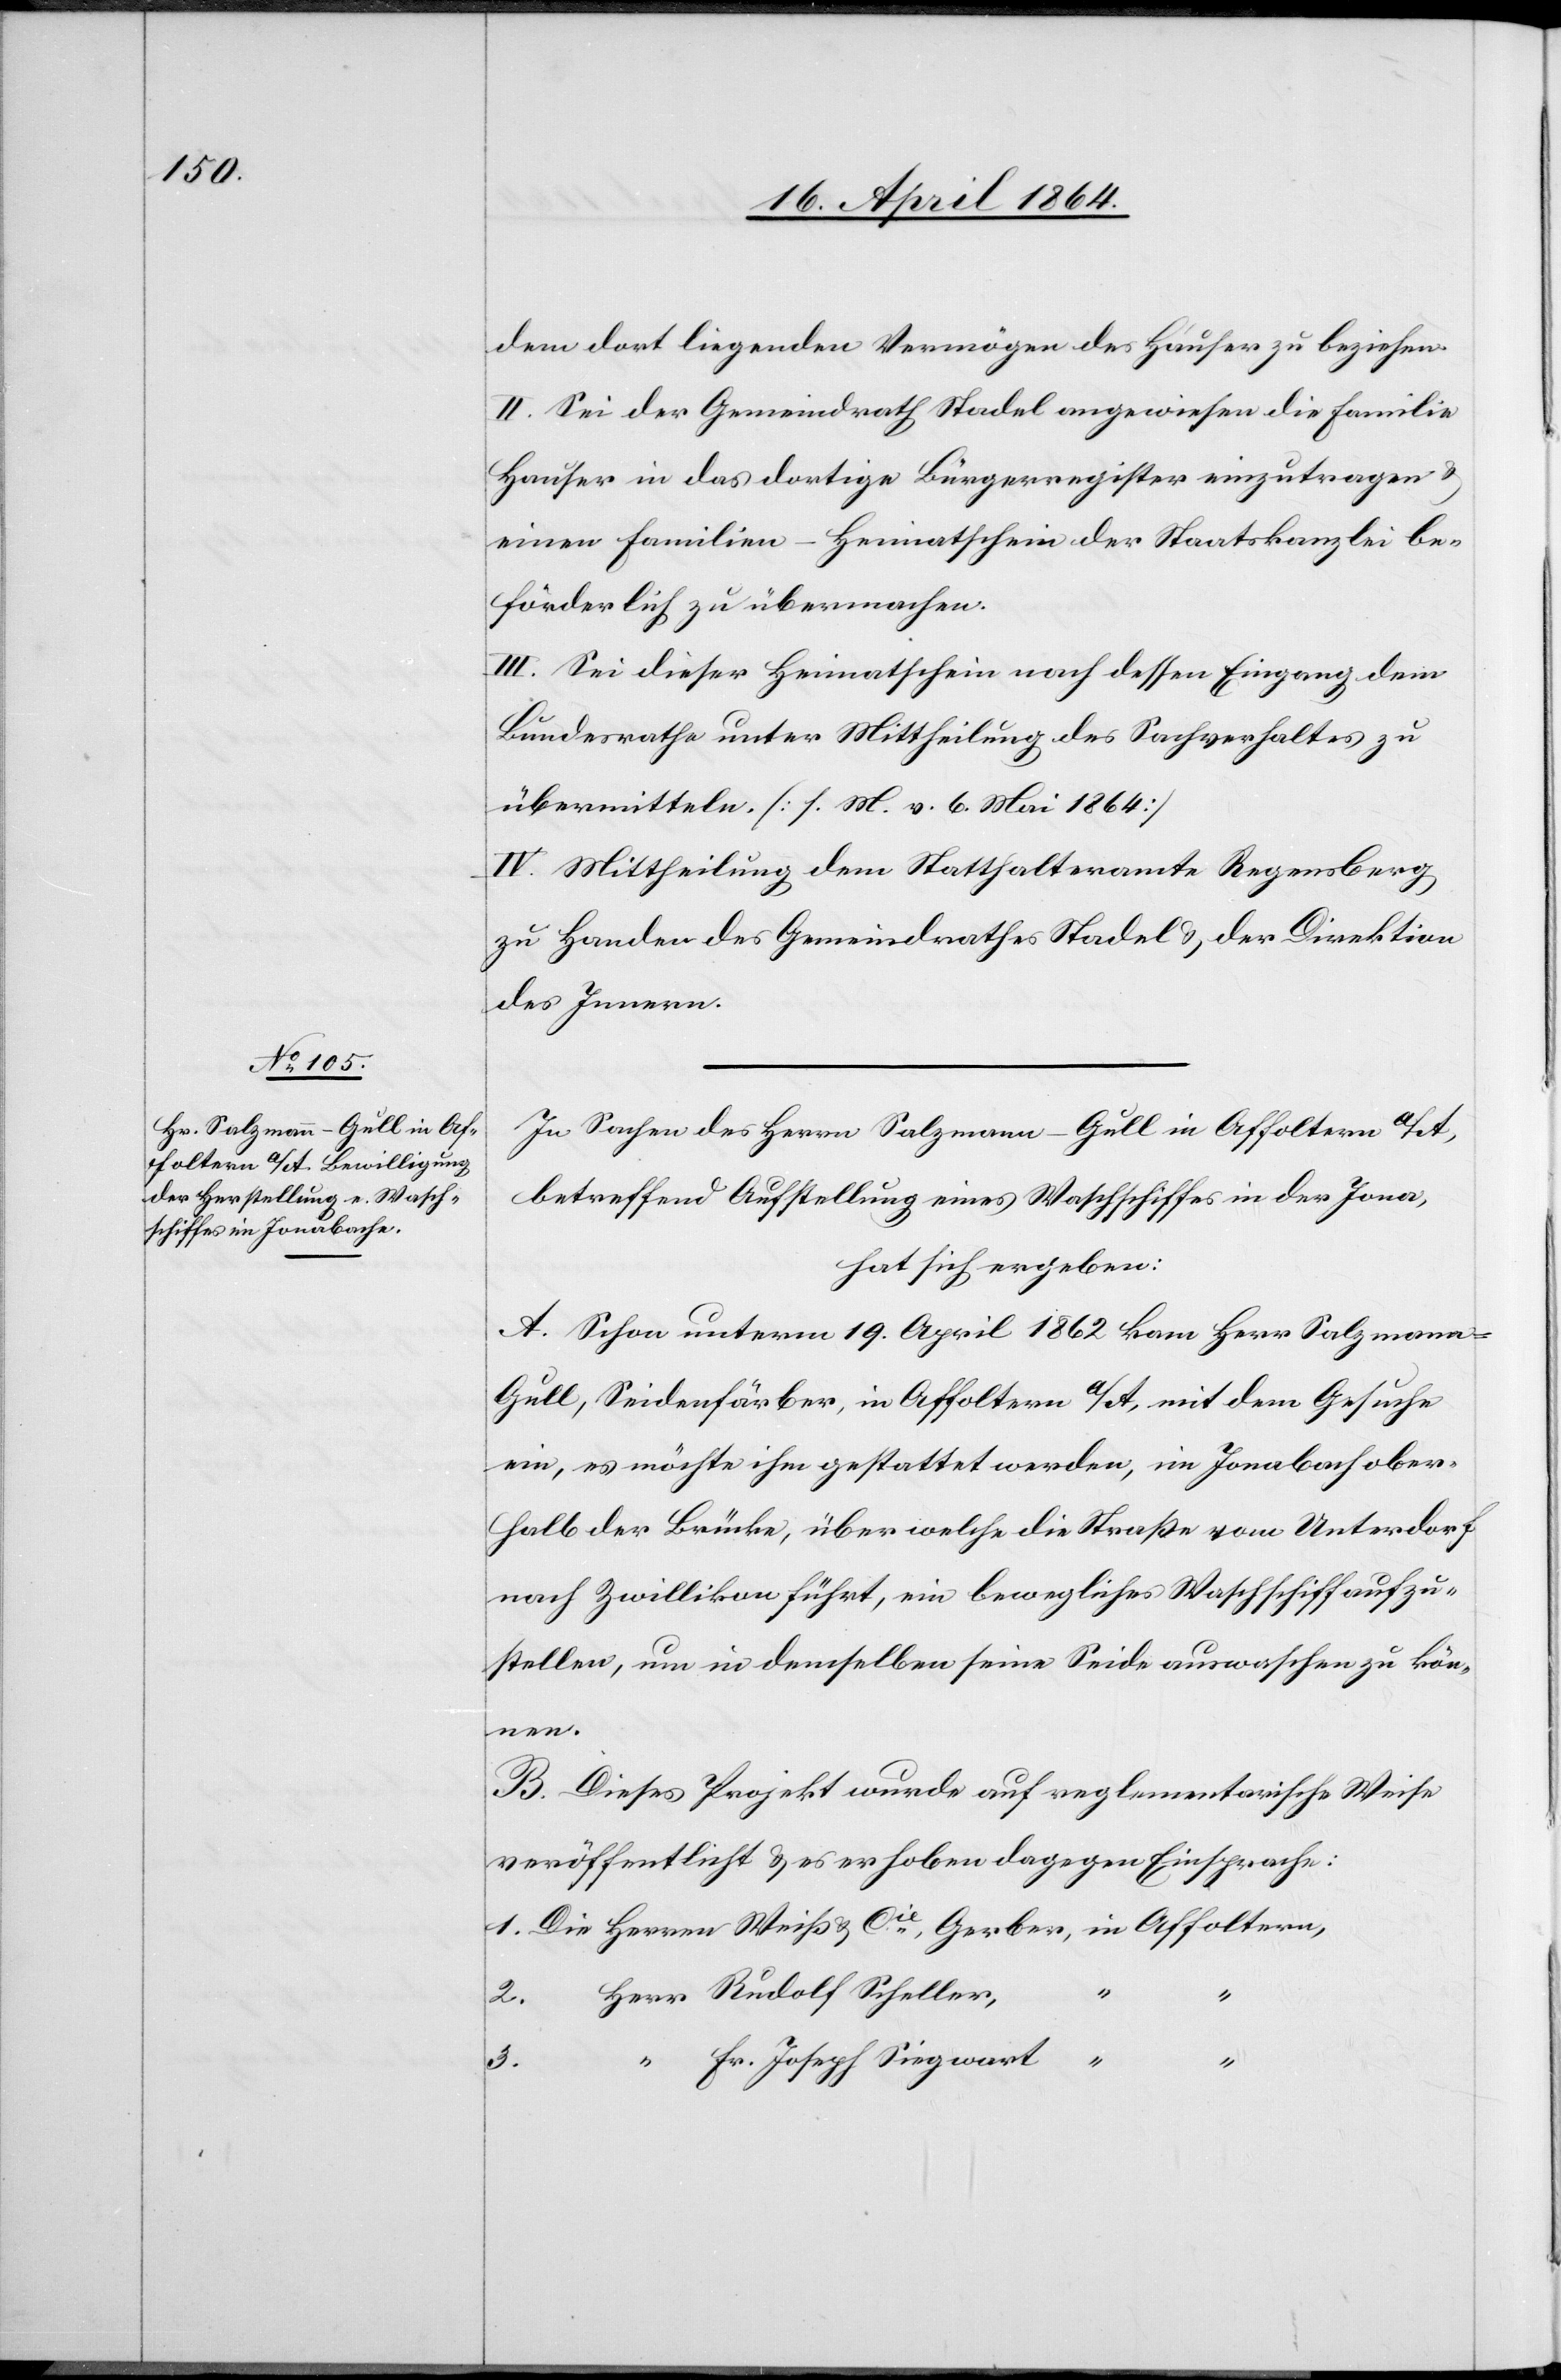
dem dort liegenden Vermögen des Hauser zu beziehen.
II. Sei der Gemeindrath Stadel angewiesen die Familie
Hauser in das dortige Bürgerregister einzutragen u.
einen Familien-Heimatschein der Staatskanzlei be¬
förderlich zu übermachen.
III. Sei dieser Heimatschein nach dessen Eingang dem
Bundesrathe unter Mittheilung des Sachverhaltes zu
übermitteln. [s. M. v. 6. Mai 1864]
IV. Mittheilung dem Statthalteramte Regensberg
zu Handen des Gemeindrathes Stadel u. der Direktion
des Innern.
In Sachen des Herrn Salzmann-Gull in Affoltern a/A,
betreffend Aufstellung eines Waschschiffes in der Jona,
hat sich ergeben:
A. Schon unterm 19. April 1862 kam Herr Salzmann-G¬
ull, Seidenfärber, in Affoltern a/A, mit dem Gesuche
ein, es möchte ihm gestattet werden, im Jonabach ober¬
halb der Brücke, über welche die Straße vom Unterdorf
nach Zwillikon führt, ein bewegliches Waschschiff aufzu¬
stellen, um in demselben seine Seide auswaschen zu kön¬
nen.
B. Dieses Projekt wurde auf reglementarische Weise
veröffentlicht u. es erhoben dagegen Einsprache:
1. Die	Herren Weiß & Cie, Gerber,	in Affoltern